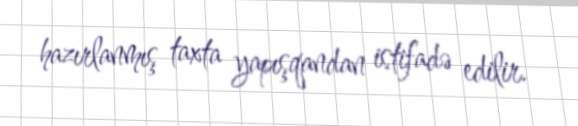
hazırlanmış taxta yapışqandan istifadə edilir.